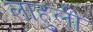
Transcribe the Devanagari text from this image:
लाहुली